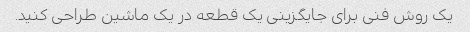
یک روش فنی برای جایگزینی یک قطعه در یک ماشین طراحی کنید.